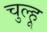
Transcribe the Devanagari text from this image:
चुल्हू